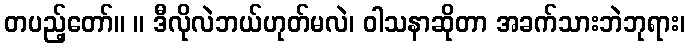
တပည့်တော်။ ။ ဒီလိုလဲဘယ်ဟုတ်မလဲ၊ ဝါသနာဆိုတာ အခက်သားဘဲဘုရား၊